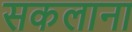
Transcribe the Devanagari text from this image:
सकलाना